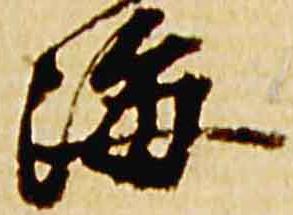
海